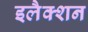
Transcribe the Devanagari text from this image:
इलैक्शन